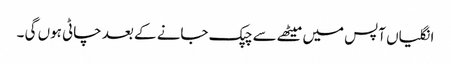
انگلیاں آپس میں میٹھے سے چپک جانے کے بعد چاٹی ہوں گی ۔